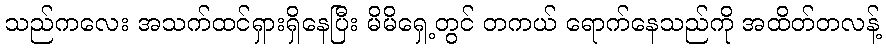
သည်ကလေး အသက်ထင်ရှားရှိနေပြီး မိမိရှေ့တွင် တကယ် ရောက်နေသည်ကို အထိတ်တလန့်